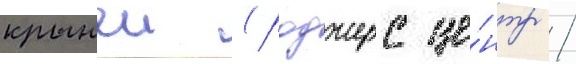
крышеи (роджерс це́нтр /